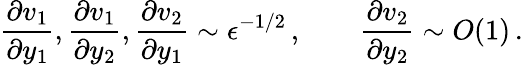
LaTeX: \frac{\partial v_{1}}{\partial y_{1}},\frac{\partial v_{1}}{\partial y_{2}},\frac{\partial v_{2}}{\partial y_{1}}\sim\epsilon^{-1/2}\, ,\qquad\frac{\partial v_{2}}{\partial y_{2}}\sim O(1)\, .